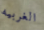
الغربيه